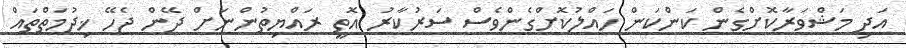
އަދި މަޝްވަރާކޮށްގެން ކަންކަން ހައްލުކޮށްގެންވެސް ސަރުކާރު އޮތީ ރައްޔިތުންނަށް ދޭން ޖެހޭ ޚިދުމަތްތައް